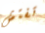
تفتش